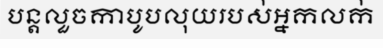
បន្តលួចកាបូបលុយរបស់អ្នកលក់